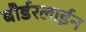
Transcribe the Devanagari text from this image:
बौर्डरलाईन